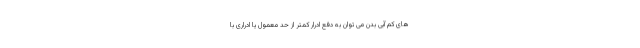
های کم آبی بدن می توان به دفع ادرار کمتر از حد معمول یا ادراری با